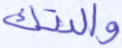
والدتك